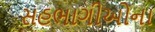
સહભાગીઓના